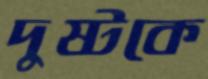
দুষ্টকে